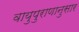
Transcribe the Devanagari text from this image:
वायुपुराणानुसार